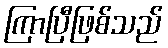
ကြာပြီဖြစ်သည်